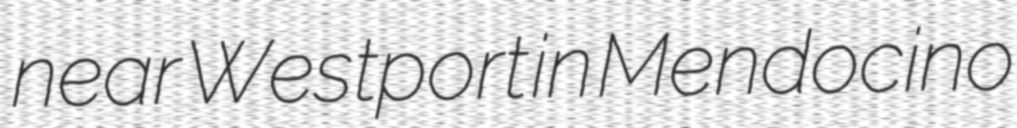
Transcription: near Westport in Mendocino